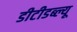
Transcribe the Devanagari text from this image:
डीटीडब्ल्यू